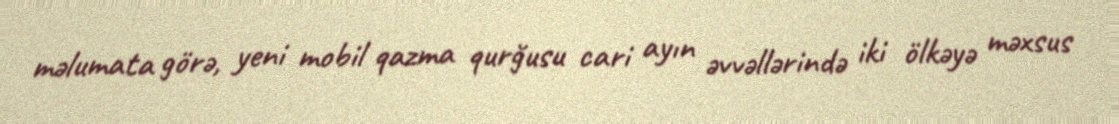
məlumata görə, yeni mobil qazma qurğusu cari ayın əvvəllərində iki ölkəyə məxsus